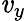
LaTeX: \mathit{v}_{y}